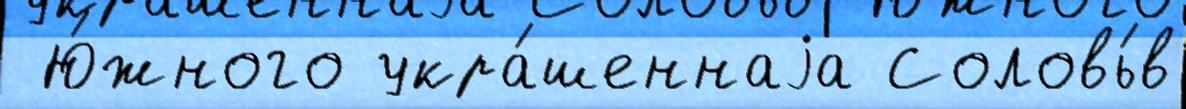
 Ю́жного укра́шеннаjа Соловь́в